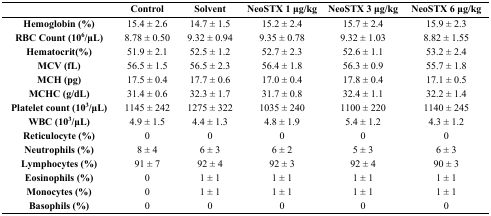
|  | Control | Solvent | NeoSTX 1 μg/kg | NeoSTX 3 μg/kg | NeoSTX 6 μg/kg |
 | --- | --- | --- | --- | --- | --- |
 | Hemoglobin (%) | 15.4 ± 2.6 | 14.7 ± 1.5 | 15.2 ± 2.4 | 15.7 ± 2.4 | 15.9 ± 2.3 |
 | RBC Count (106/μL) | 8.78 ± 0.50 | 9.32 ± 0.94 | 9.35 ± 0.78 | 9.32 ± 1.03 | 8.82 ± 1.55 |
 | Hematocrit(%) | 51.9 ± 2.1 | 52.5 ± 1.2 | 52.7 ± 2.3 | 52.6 ± 1.1 | 53.2 ± 2.4 |
 | MCV (fL) | 56.5 ± 1.5 | 56.5 ± 2.3 | 56.4 ± 1.8 | 56.3 ± 0.9 | 55.7 ± 1.8 |
 | MCH (pg) | 17.5 ± 0.4 | 17.7 ± 0.6 | 17.0 ± 0.4 | 17.8 ± 0.4 | 17.1 ± 0.5 |
 | MCHC (g/dL) | 31.4 ± 0.6 | 32.3 ± 1.7 | 31.7 ± 0.8 | 32.4 ± 1.1 | 32.2 ± 1.4 |
 | Platelet count (103/μL) | 1145 ± 242 | 1275 ± 322 | 1035 ± 240 | 1100 ± 220 | 1140 ± 245 |
 | WBC (103/μL) | 4.9 ± 1.5 | 4.4 ± 1.3 | 4.8 ± 1.9 | 5.4 ± 1.2 | 4.3 ± 1.2 |
 | Reticulocyte (%) | 0 | 0 | 0 | 0 | 0 |
 | Neutrophils (%) | 8 ± 4 | 6 ± 3 | 6 ± 2 | 5 ± 3 | 6 ± 3 |
 | Lymphocytes (%) | 91 ± 7 | 92 ± 4 | 92 ± 3 | 92 ± 4 | 90 ± 3 |
 | Eosinophils (%) | 0 | 1 ± 1 | 1 ± 1 | 1 ± 1 | 1 ± 1 |
 | Monocytes (%) | 0 | 1 ± 1 | 1 ± 1 | 1 ± 1 | 1 ± 1 |
 | Basophils (%) | 0 | 0 | 0 | 0 | 0 |